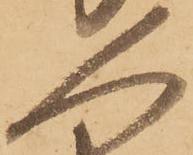
人